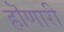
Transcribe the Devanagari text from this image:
हॊणारी